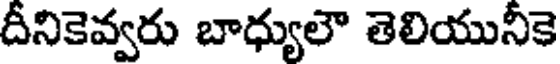
దీనికెవ్వరు బాధ్యులౌ తెలియునీకె